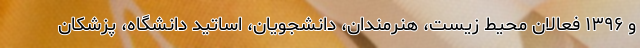
و ۱۳۹۶ فعالان محیط زیست، هنرمندان، دانشجویان، اساتید دانشگاه، پزشکان